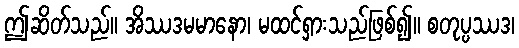
ဤဆိတ်သည်။ အိဿဒမမာနော၊ မထင်ရှားသည်ဖြစ်၍။ စတုပ္ပဿဒ၊